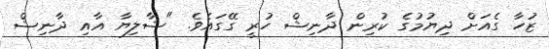
ޒުހާ ގެއަށް ދިޔުމުގެ ކުރިން ދާނިޝް ހުރީ ގޭގައެވެ. "ޝާލިޔާ އާއި ދާނިޝް